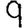
Digit: 9